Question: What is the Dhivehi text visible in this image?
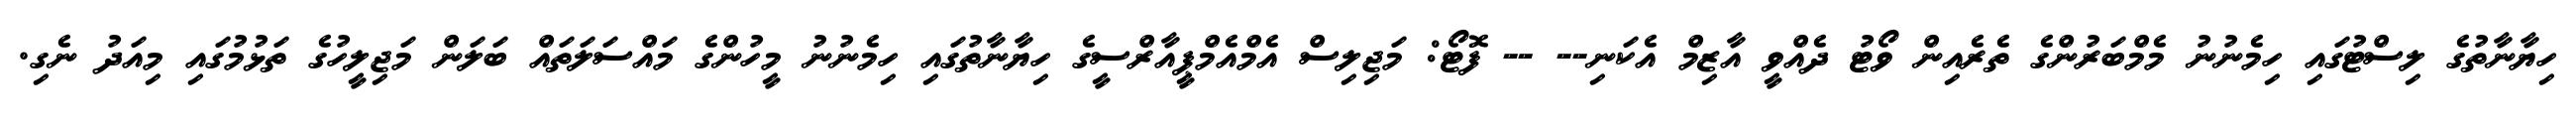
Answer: ހިޔާނާތުގެ ލިސްޓުގައި ހިމެނުނު މެމްބަރުންގެ ތެރެއިން ވޯޓު ދެއްވީ އާޒިމް އެކަނި-- -- ފޮޓޯ: މަޖިލިސް އެމްއެމްޕީއާރްސީގެ ހިޔާނާތުގައި ހިމެނުނު މީހުންގެ މައްސަލަތައް ބަލަން މަޖިލީހުގެ ތަޅުމުގައި މިއަދު ނެގި.